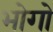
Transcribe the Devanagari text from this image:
भोगो